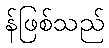
န်ဖြစ်သည်